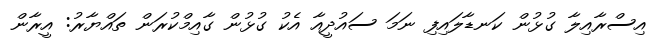
އިސްރާއިލާ ގުޅުން ކަނޑާލައިފި ނަމަ ސައުދީއާ އެކު ގުޅުން ގާއިމްކުރަން ތައްޔާރު: އީރާން